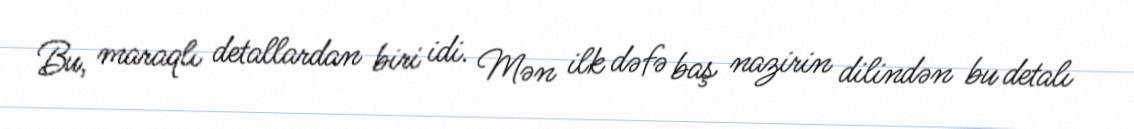
Bu, maraqlı detallardan biri idi. Mən ilk dəfə baş nazirin dilindən bu detalı